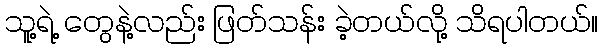
သူ့ရဲ့ တွေနဲ့လည်း ဖြတ်သန်း ခဲ့တယ်လို့ သိရပါတယ်။